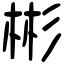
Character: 彬